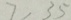
7 , 3 5